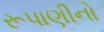
રૂપાણીનો